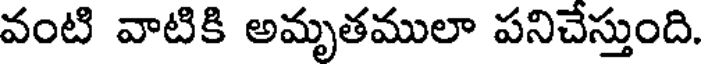
వంటి వాటికి అమృతములా పనిచేస్తుంది.